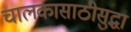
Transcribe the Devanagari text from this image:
चालकासाठीसुद्धा